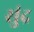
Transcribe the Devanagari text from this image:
सुंद्र